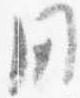
用